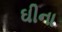
ઘીના